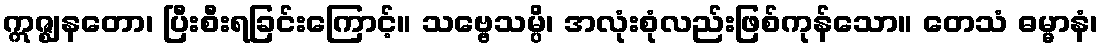
ဣဇ္ဈနတော၊ ပြီးစီးရခြင်းကြောင့်။ သဗ္ဗေသမ္ပိ၊ အလုံးစုံလည်းဖြစ်ကုန်သော။ တေသံ ဓမ္မာနံ၊